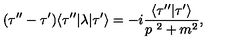
( \tau ^ { \prime \prime } - \tau ^ { \prime } ) \langle \tau ^ { \prime \prime } | \lambda | \tau ^ { \prime } \rangle = - i { \frac { \langle \tau ^ { \prime \prime } | \tau ^ { \prime } \rangle } { p ^ { \ 2 } + m ^ { 2 } } } ,